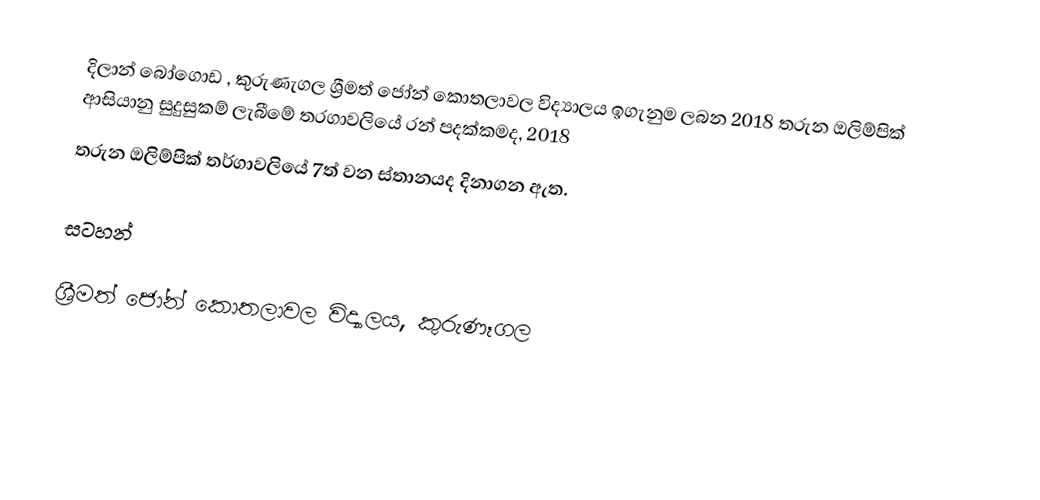
දිලාන් බෝගොඩ , කුරුණැගල ශ්‍රීමත් ජෝන් කොතලාවල විද්‍යාලය ඉගැනුම  ලබන 2018 තරුන ඔලිම්පික් ආසියානු සුදුසුකම් ලැබීමේ තරගාවලියේ රන් පදක්කමද, 2018
තරුන ඔලිම්පික් තර්ගාවලියේ 7ත් වන ස්තානයද දිනාගන ඇත.

සටහන්

ශ්‍රීමත් ජෝන් කොතලාවල විද්‍යාලය, කුරුණෑගල